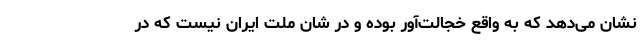
نشان می‌دهد که به واقع خجالت‌آور بوده و در شان ملت ایران نیست که در